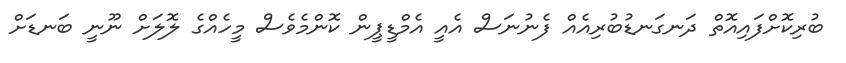
ބުރިކޮށްފައިއޮތް ދަނގަނޑުބުރިއެއް ފެނުނަސް އެއީ އެމްޑީޕީން ކޮންމެވެސް މީހެއްގެ ލޮލަށް ނޫނީ ބަނޑަށް